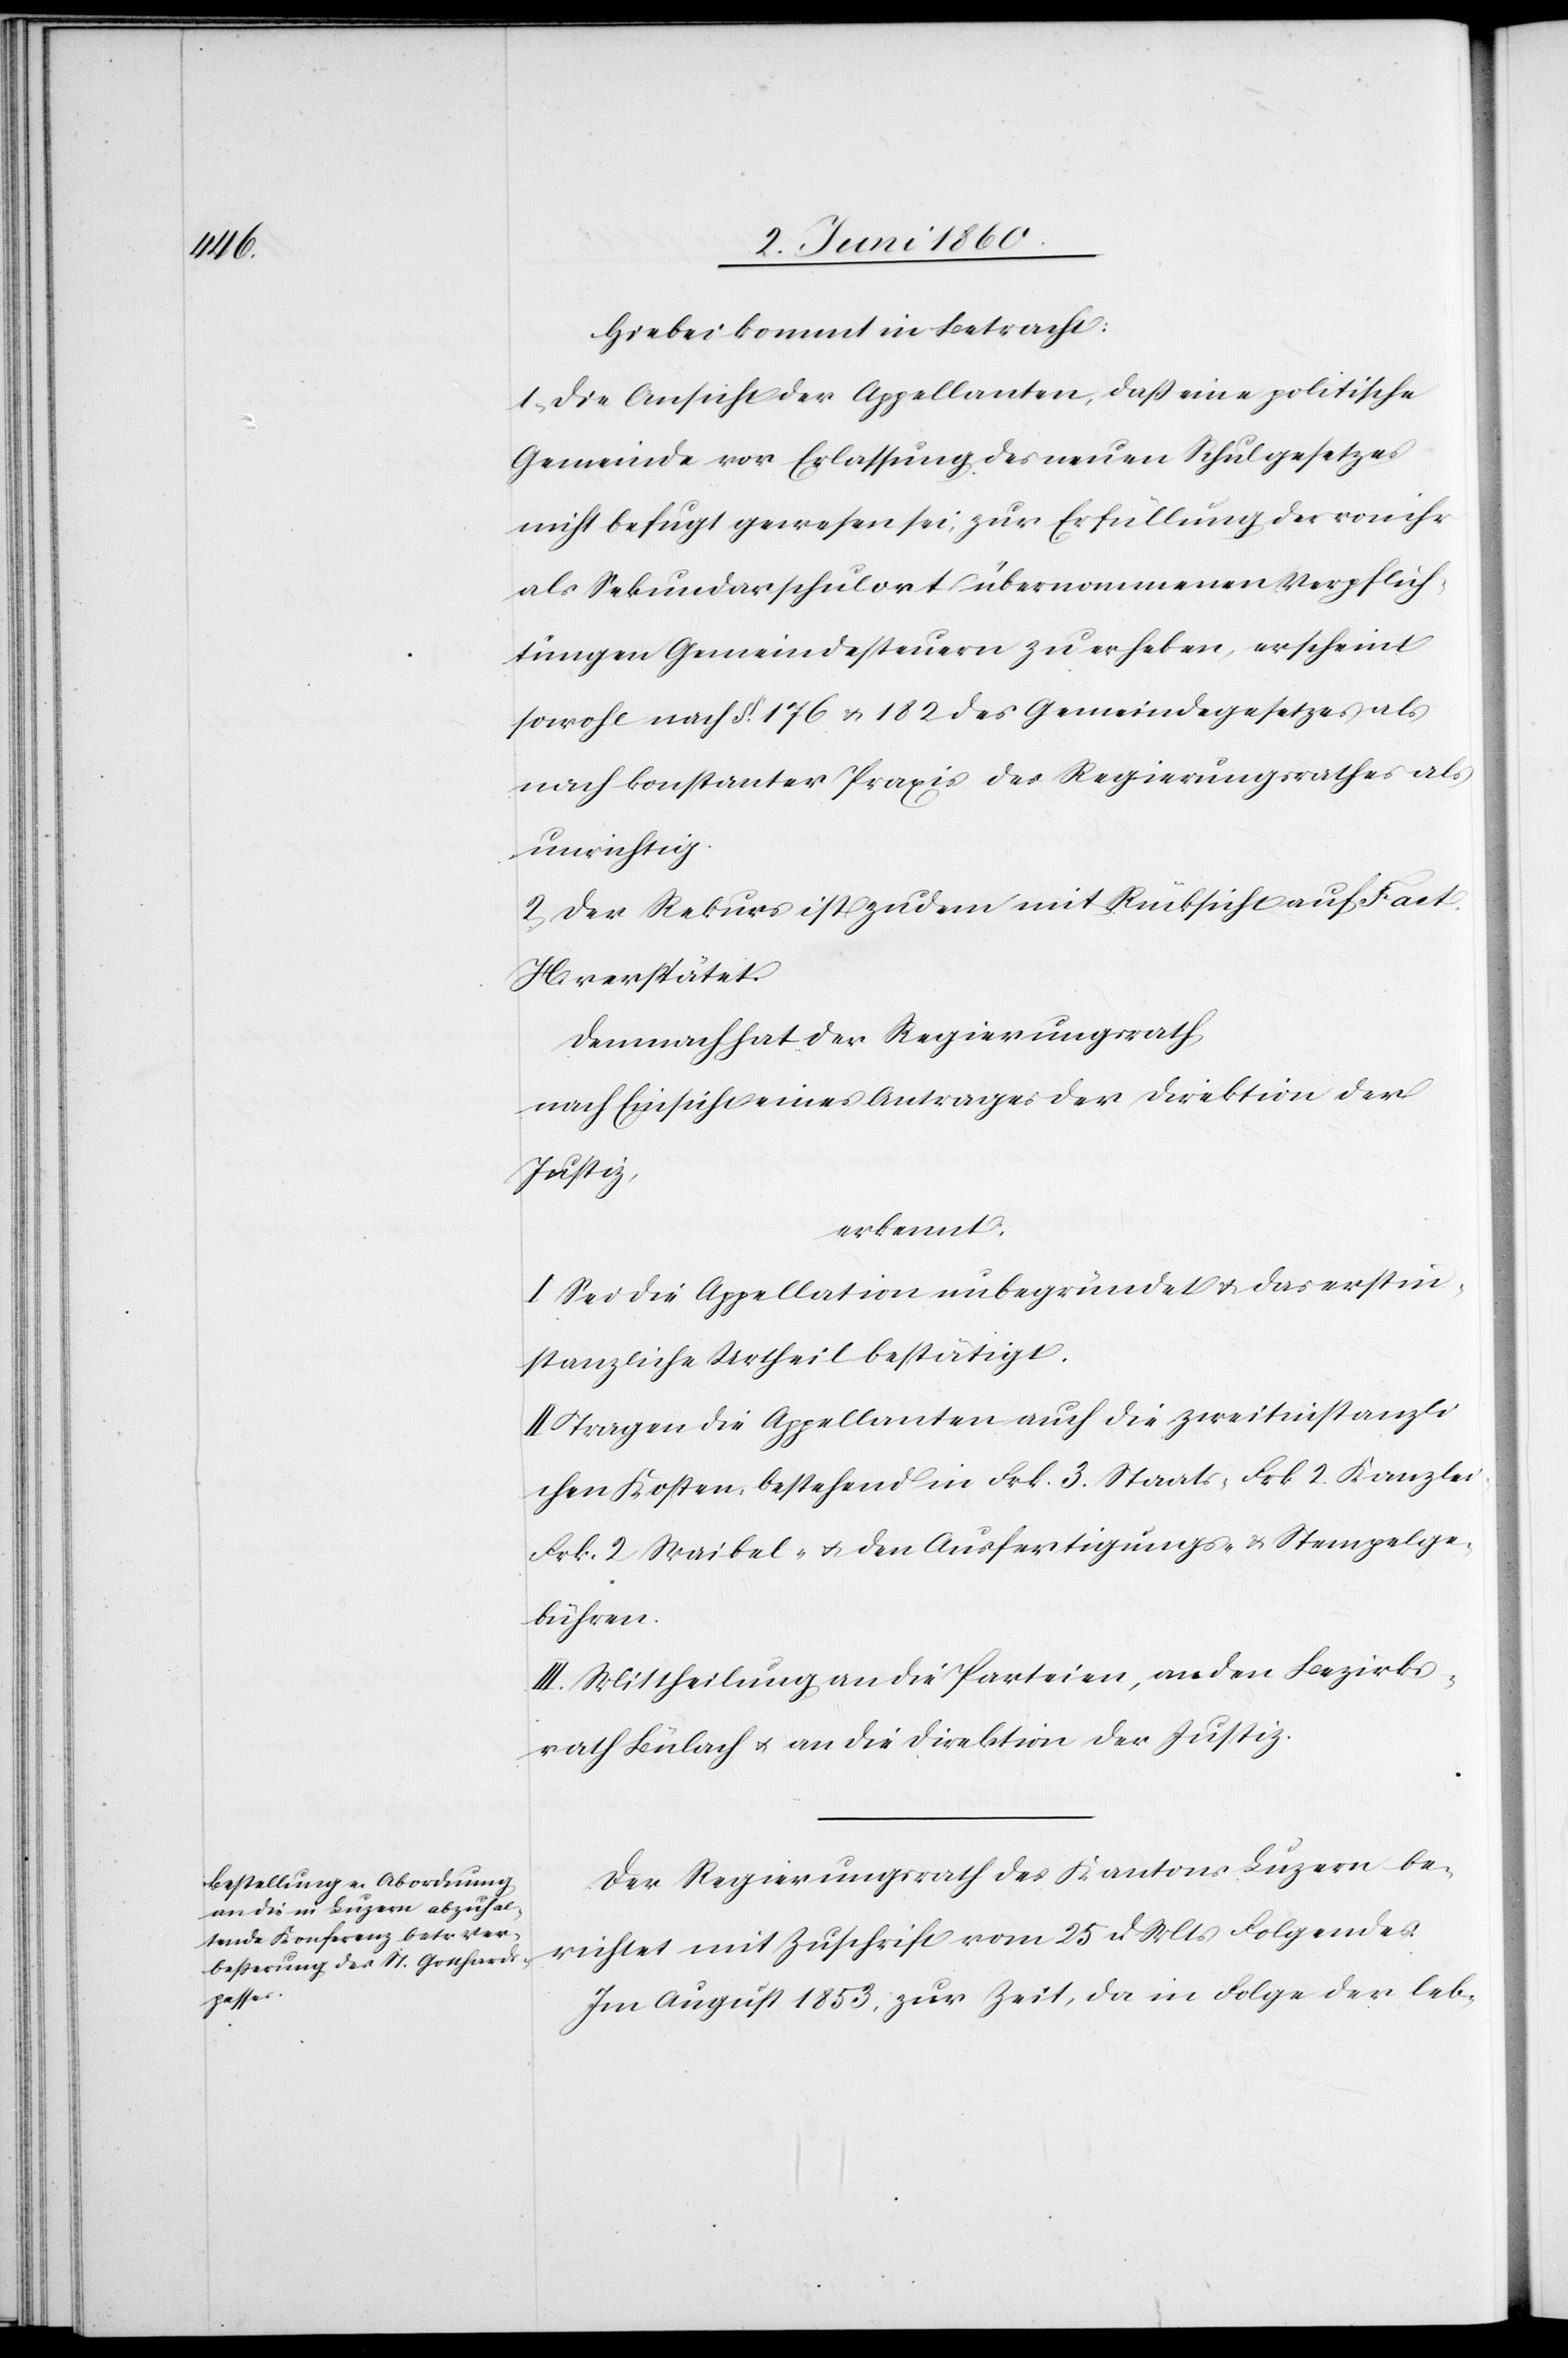
Hiebei kommt in Betracht:
1. Die Ansicht der Appellanten, dass eine politische
Gemeinde vor Erlassung des neuen Schulgesetzes
nicht befugt gewesen sei, zur Erfüllung der von ihr
als Sekundarschulort übernommenen Verpflich¬
tungen Gemeindesteuern zu erheben, erscheint
sowohl nach §. 176 u. 182 des Gemeindegesetzes als
nach konstanter Praxis des Regierungsrathes als
unrichtig.
2. Der Rekurs ist zudem mit Rücksicht auf Fact.
H. verstärkt.
Demnach hat der Regierungsrath,
nach Einsicht eines Antrages der Direktion der
Justiz,
erkennt:
I. Sei die Appellation unbegründet u. das erstin¬
stanzliche Urtheil bestätigt.
II. Tragen die Appellanten auch die zweitinstanzli¬
chen Kosten, bestehend in Frk. 3. Staats- Frk. 2. Kanzlei.
Frk. 2 Waibel- u. den Ausfertigungs- u. Stempelge¬
bühren.
III. Mittheilung an die Parteien, an den Bezirks¬
rath Bülach u. an die Direktion der Justiz.
Der Regierungsrath des Kantons Luzern be¬
richtet mit Zuschrift vom 25. d. Mts. Folgendes:
Im August 1853, zur Zeit, da in Folge der leb-